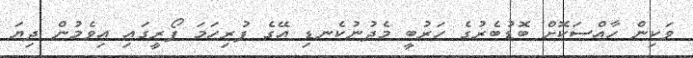
ވަކިން ހާއްސަކޮށް ބޮޑުބެރުގެ ހަރުބީ މެދުނުކެނޑި އޭގެ ފުރިހަމަ ފޯރީގައި އިވެމުން ދިޔަ